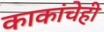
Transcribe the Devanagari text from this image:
काकांचेही